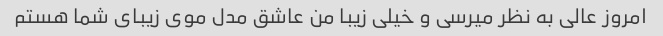
امروز عالی به نظر میرسی و خیلی زیبا من عاشق مدل موی زیبای شما هستم